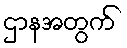
ဌာနအတွက်